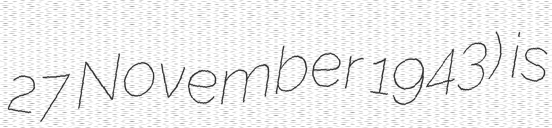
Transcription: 27 November 1943) is